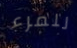
للمرء